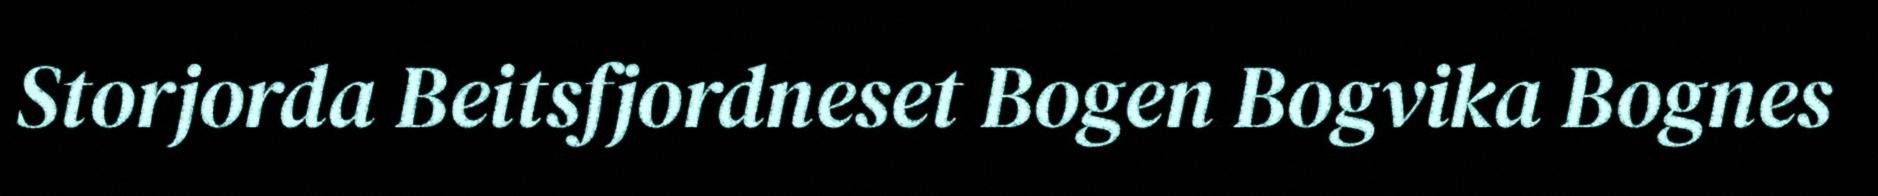
Storjorda Beitsfjordneset Bogen Bogvika Bognes